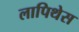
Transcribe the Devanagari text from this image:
लापिथेस